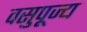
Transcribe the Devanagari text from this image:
वसुपूज्य